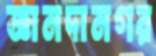
জ্ঞানদানগর